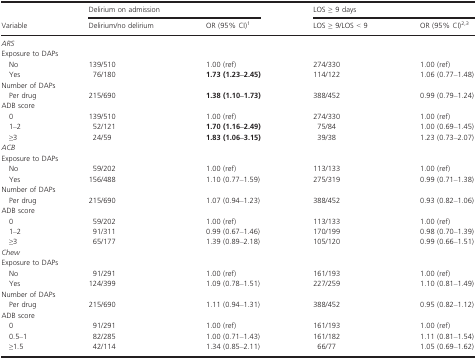
<table><thead><tr><td rowspan="2"><b>Variable</b></td><td colspan="2"><b>Delirium on admission</b></td><td colspan="2"><b>LOS ≥ 9 days</b></td></tr><tr><td><b>Delirium/no delirium</b></td><td><b>OR (95% CI)a</b></td><td><b>LOS ≥ 9/LOS &lt; 9</b></td><td><b>OR (95% CI)b<sup>,</sup>c</b></td></tr></thead><tbody><tr><td colspan="5"><i>ARS</i></td></tr><tr><td colspan="5">Exposure to DAPs</td></tr><tr><td>No</td><td>139/510</td><td>1.00 (ref)</td><td>274/330</td><td>1.00 (ref)</td></tr><tr><td>Yes</td><td>76/180</td><td><b>1.73 (1.23–2.45)</b></td><td>114/122</td><td>1.06 (0.77–1.48)</td></tr><tr><td colspan="5">Number of DAPs</td></tr><tr><td>Per drug</td><td>215/690</td><td><b>1.38 (1.10–1.73)</b></td><td>388/452</td><td>0.99 (0.79–1.24)</td></tr><tr><td colspan="5">ADB score</td></tr><tr><td>0</td><td>139/510</td><td>1.00 (ref)</td><td>274/330</td><td>1.00 (ref)</td></tr><tr><td>1–2</td><td>52/121</td><td><b>1.70 (1.16–2.49)</b></td><td>75/84</td><td>1.00 (0.69–1.45)</td></tr><tr><td>≥3</td><td>24/59</td><td><b>1.83 (1.06–3.15)</b></td><td>39/38</td><td>1.23 (0.73–2.07)</td></tr><tr><td colspan="5"><i>ACB</i></td></tr><tr><td colspan="5">Exposure to DAPs</td></tr><tr><td>No</td><td>59/202</td><td>1.00 (ref)</td><td>113/133</td><td>1.00 (ref)</td></tr><tr><td>Yes</td><td>156/488</td><td>1.10 (0.77–1.59)</td><td>275/319</td><td>0.99 (0.71–1.38)</td></tr><tr><td colspan="5">Number of DAPs</td></tr><tr><td>Per drug</td><td>215/690</td><td>1.07 (0.94–1.23)</td><td>388/452</td><td>0.93 (0.82–1.06)</td></tr><tr><td colspan="5">ADB score</td></tr><tr><td>0</td><td>59/202</td><td>1.00 (ref)</td><td>113/133</td><td>1.00 (ref)</td></tr><tr><td>1–2</td><td>91/311</td><td>0.99 (0.67–1.46)</td><td>170/199</td><td>0.98 (0.70–1.39)</td></tr><tr><td>≥3</td><td>65/177</td><td>1.39 (0.89–2.18)</td><td>105/120</td><td>0.99 (0.66–1.51)</td></tr><tr><td colspan="5"><i>Chew</i></td></tr><tr><td colspan="5">Exposure to DAPs</td></tr><tr><td>No</td><td>91/291</td><td>1.00 (ref)</td><td>161/193</td><td>1.00 (ref)</td></tr><tr><td>Yes</td><td>124/399</td><td>1.09 (0.78–1.51)</td><td>227/259</td><td>1.10 (0.81–1.49)</td></tr><tr><td colspan="5">Number of DAPs</td></tr><tr><td>Per drug</td><td>215/690</td><td>1.11 (0.94–1.31)</td><td>388/452</td><td>0.95 (0.82–1.12)</td></tr><tr><td colspan="5">ADB score</td></tr><tr><td>0</td><td>91/291</td><td>1.00 (ref)</td><td>161/193</td><td>1.00 (ref)</td></tr><tr><td>0.5–1</td><td>82/285</td><td>1.00 (0.71–1.43)</td><td>161/182</td><td>1.11 (0.81–1.54)</td></tr><tr><td>≥1.5</td><td>42/114</td><td>1.34 (0.85–2.11)</td><td>66/77</td><td>1.05 (0.69–1.62)</td></tr></tbody></table>